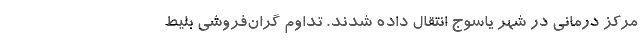
مرکز درمانی در شهر یاسوج انتقال داده شدند. تداوم گران‌فروشی بلیط